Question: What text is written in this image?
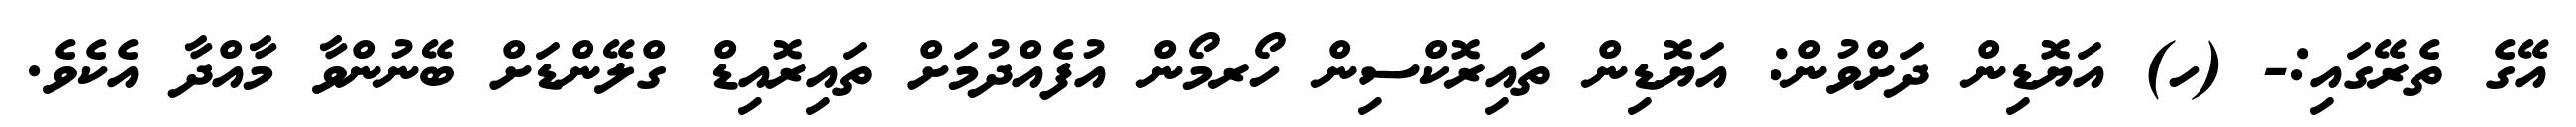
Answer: އޭގެ ތެރޭގައި:- (ހ) އަޔޮޑިން ދަށްވުން: އަޔޮޑިން ތައިރޮކްސިން ހޯރމޯން އުފެއްދުމަށް ތައިރޮއިޑް ގްލޭންޑަށް ބޭނުންވާ މާއްދާ އެކެވެ.